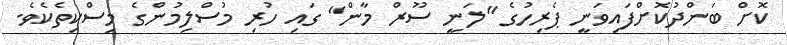
ކޮށް ބަންދުކޮށްފައިވަނީ ޕެރިހުގެ "ލަނީ ސޫރް މާން" ގައި ހުރި މުސްލިމުންގެ މިސްކިތެކެވެ.